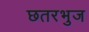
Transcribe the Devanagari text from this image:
छतरभुज